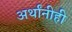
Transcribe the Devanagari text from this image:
अर्थांनीही